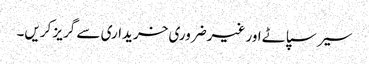
سیر سپاٹے اور غیرضروری خریداری سے گریز کریں۔